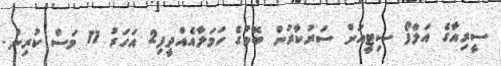
ސީރިއާގެ އަލްފޯ ސިޓީއަށް ސަރުކާރުން ބޮމުގެ ހަމަލާއެއްދީފި2 އަހަރު 11 މަސް ކުރިން.